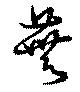
蕪